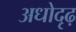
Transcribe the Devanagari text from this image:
अधोदृढ़